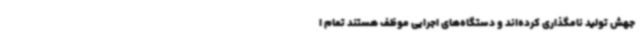
جهش تولید نامگذاری کرده‌اند و دستگاه‌های اجرایی موظف هستند تمام ا